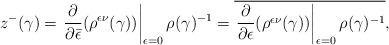
\begin{align*}z^{-}(\gamma)=\left.\frac{\partial}{\partial\bar{\epsilon}}(\rho^{\epsilon\nu}(\gamma))\right|_{\epsilon=0}\rho(\gamma)^{-1}=\overline{\left.\frac{\partial}{\partial\epsilon}(\rho^{\epsilon\nu}(\gamma))\right|_{\epsilon=0}\rho(\gamma)^{-1}},\end{align*}